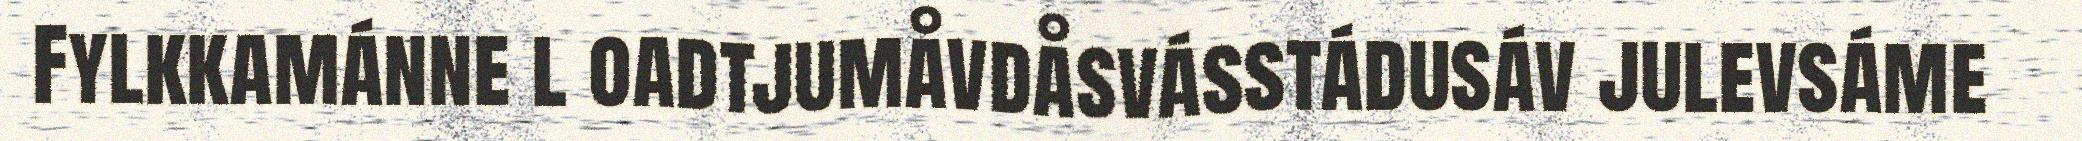
Fylkkamánne l oadtjumåvdåsvásstádusáv julevsáme